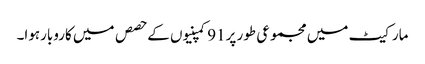
مارکیٹ میں مجموعی طور پر91کمپنیوں کے حصص میں کاروبارہوا۔